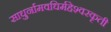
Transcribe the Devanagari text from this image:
साधुर्नामवधिर्महेश्‍वरकृती